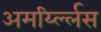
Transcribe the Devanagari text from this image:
अमर्य्ल्लिस